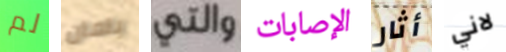
لم بامان والتي الإصابات أثار لاني